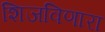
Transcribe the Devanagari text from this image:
शिजविणारा